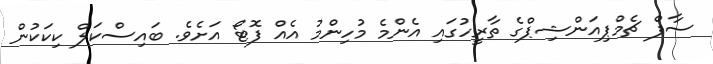
ސާފް ޗެމްޕިއަންޝިޕްގެ ތާރީހުގައި އެންމެ މުހިންމު އެއް ފޮޓޯ އަށެވެ. ބައިސްކަލް ކިކަކުން